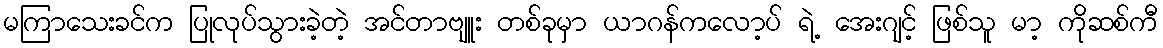
မကြာသေးခင်က ပြုလုပ်သွားခဲ့တဲ့ အင်တာဗျူး တစ်ခုမှာ ယာဂန်ကလော့ပ် ရဲ့ အေးဂျင့် ဖြစ်သူ မာ့ ကိုဆစ်ကီ